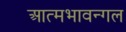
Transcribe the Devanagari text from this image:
आत्मभावन्गल